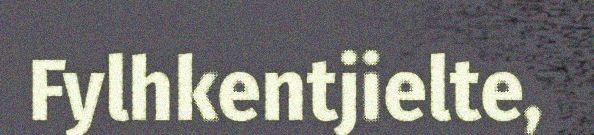
Fylhkentjielte,